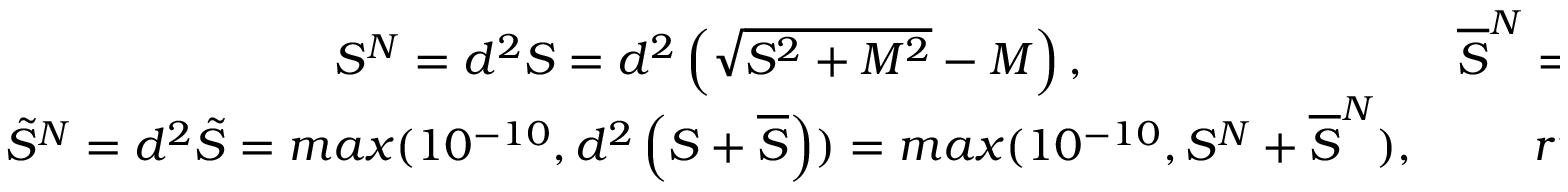
\begin{array} { c c } { S ^ { N } = d ^ { 2 } S = d ^ { 2 } \left( \sqrt { { S } ^ { 2 } + M ^ { 2 } } - M \right) , } & { \overline { { S } } ^ { N } = d ^ { 2 } \overline { { S } } = \frac { \tilde { \nu } f _ { v 2 } } { \kappa ^ { 2 } } , } \\ { \tilde { S } ^ { N } = d ^ { 2 } \tilde { S } = m a x ( 1 0 ^ { - 1 0 } , d ^ { 2 } \left( S + \overline { { S } } \right) ) = m a x ( 1 0 ^ { - 1 0 } , S ^ { N } + \overline { { S } } ^ { N } ) , } & { { r } ^ { \prime } = \frac { \tilde { \nu } } { \tilde { S } ^ { N } \kappa ^ { 2 } } . } \end{array}